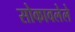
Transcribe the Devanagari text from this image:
सोकावलेले